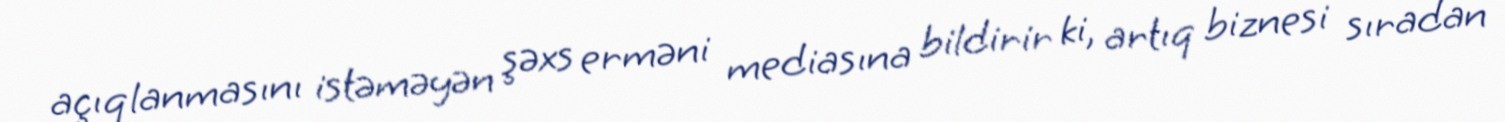
açıqlanmasını istəməyən şəxs erməni mediasına bildirir ki, artıq biznesi sıradan